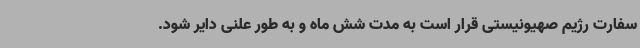
سفارت رژیم صهیونیستی قرار است به مدت شش ماه و به طور علنی دایر شود.